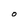
Character: O